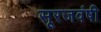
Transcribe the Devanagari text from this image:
सूरजवंषी